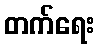
တက်ရေး